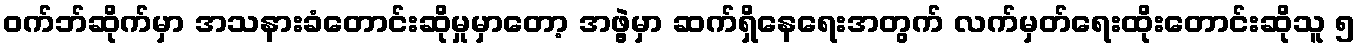
ဝက်ဘ်ဆိုက်မှာ အသနားခံတောင်းဆိုမှုမှာတော့ အဖွဲ့မှာ ဆက်ရှိနေရေးအတွက် လက်မှတ်ရေးထိုးတောင်းဆိုသူ ၅